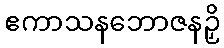
ဧကာသနဘောဇနဉှိ